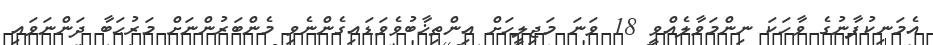
އެމަނިކުފާނުގެ ވާހަކަ ނިންމަވާލެއްވީ 18 ވަނަ މަޖިލީހަށް އިންތިޚާބުވެވަޑައިގެންނެވި މެންބަރުންނަށް މަރުޙަބާ ދަންނަވައި